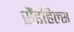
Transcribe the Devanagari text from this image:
सैंडहिल्स